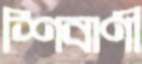
শিবাণী